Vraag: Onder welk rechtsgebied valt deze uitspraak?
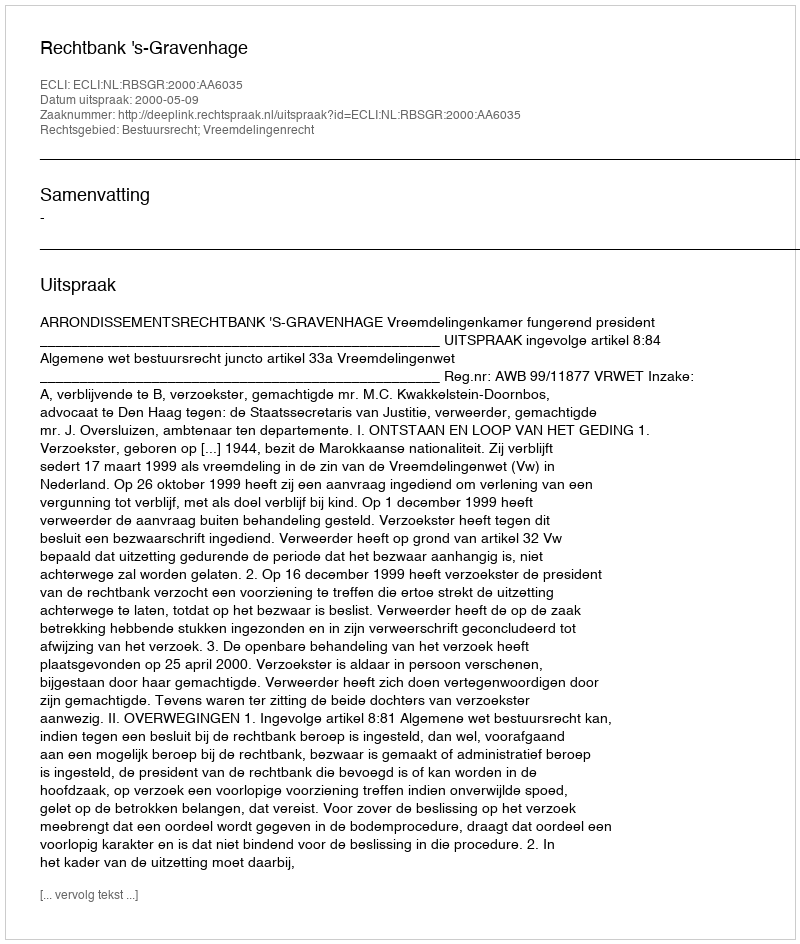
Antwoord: Bestuursrecht; Vreemdelingenrecht